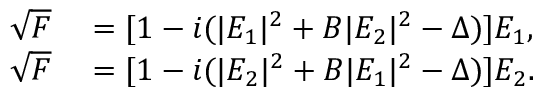
\begin{array} { r l } { \sqrt { F } } & { { } = [ 1 - i ( | E _ { 1 } | ^ { 2 } + B | E _ { 2 } | ^ { 2 } - \Delta ) ] E _ { 1 } , } \\ { \sqrt { F } } & { { } = [ 1 - i ( | E _ { 2 } | ^ { 2 } + B | E _ { 1 } | ^ { 2 } - \Delta ) ] E _ { 2 } . } \end{array}